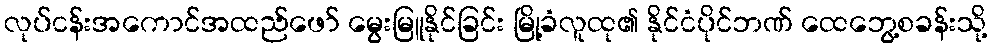
လုပ်ငန်းအကောင်အထည်ဖော် မွေးမြူနိုင်ခြင်း မြို့ခံလူထု၏ နိုင်ငံပိုင်ဘဏ် ထေဘွေ့စခန်းသို့